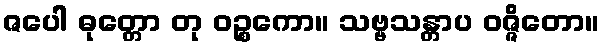
ဇပေါ ဓုတ္တော တု ဝဉ္စကော။ သဗ္ဗသန္တာပ ဝဇ္ဇိတော။